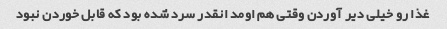
غذا رو خیلی دیر آوردن وقتی هم اومد انقدر سرد شده بود که قابل خوردن نبود